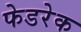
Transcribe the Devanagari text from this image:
फेडरेक